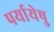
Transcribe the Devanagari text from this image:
पर्यायेषु